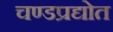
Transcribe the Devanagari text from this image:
चण्डप्रद्योत